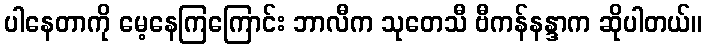
ပါနေတာကို မေ့နေကြကြောင်း ဘာလီက သုတေသီ ဗီကန်နန္ဒာက ဆိုပါတယ်။